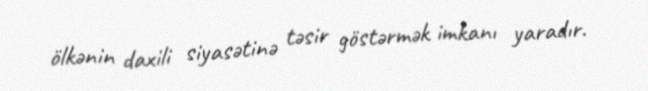
ölkənin daxili siyasətinə təsir göstərmək imkanı yaradır.